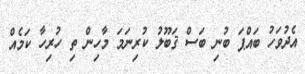
އެދުވަހު ބައްޕަ ބުނި ބަސް ޤަބޫލު ކުރިނަމަ މާހިން ތި ހުރިހާ ކަމެއް